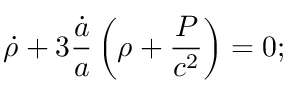
{ \dot { \rho } } + 3 { \frac { \dot { a } } { a } } \left( \rho + { \frac { P } { c ^ { 2 } } } \right) = 0 ;